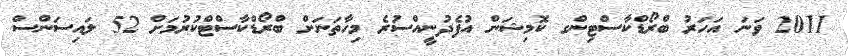
2011 ވަނަ އަހަރު ބްރޯޑްކާސްޓިންގ ކޮމިޝަން އުފެދުނީއްސުރެ މިހާތަނަށް ބްރޯޑްކާސްޓްކުރުމަށް 52 ލައިސަންސް